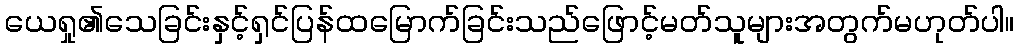
ယေရှု၏သေခြင်းနှင့်ရှင်ပြန်ထမြောက်ခြင်းသည်ဖြောင့်မတ်သူများအတွက်မဟုတ်ပါ။